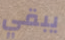
يبقي